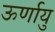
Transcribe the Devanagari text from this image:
ऊर्णायु